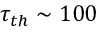
\tau _ { t h } \sim 1 0 0